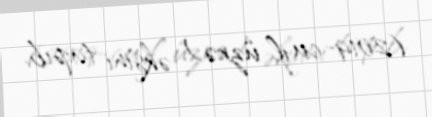
(2019-cu il üzrə) əksini tapıb.